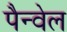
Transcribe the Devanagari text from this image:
पैन्वेल